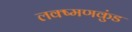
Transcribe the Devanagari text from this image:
लक्ष्मणकुंड